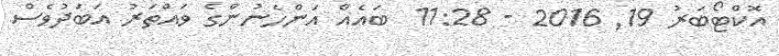
އޮކްޓޯބަރު 19